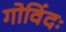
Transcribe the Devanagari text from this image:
गोविंदः